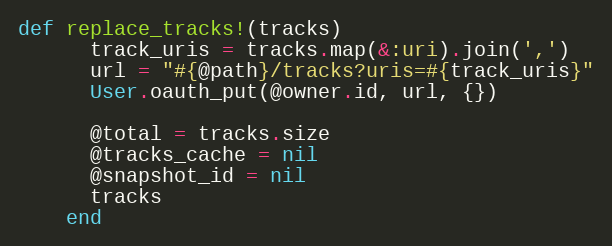
Language: Ruby
def replace_tracks!(tracks)
      track_uris = tracks.map(&:uri).join(',')
      url = "#{@path}/tracks?uris=#{track_uris}"
      User.oauth_put(@owner.id, url, {})

      @total = tracks.size
      @tracks_cache = nil
      @snapshot_id = nil
      tracks
    end